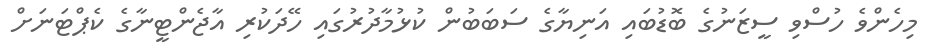
މިހެންވެ ހުސްވި ސީޒަނުގެ ބޮޑުބައި އަނިޔާގެ ސަބަބުން ކުޅުމާދުރުގައި ހޭދަކުރި އާޖެންޓީނާގެ ކެޕްޓަނަށް